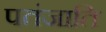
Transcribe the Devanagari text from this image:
पतंजाति